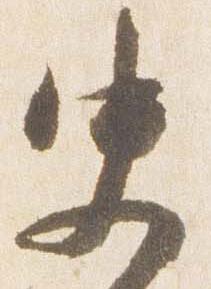
史